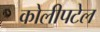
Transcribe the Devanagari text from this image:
कोलीपटेल